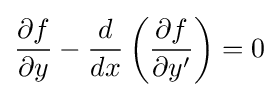
{\frac {\partial f}{\partial y}}-{\frac {d}{dx}}\left({\frac {\partial f}{\partial y'}}\right)=0